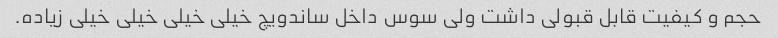
حجم و کیفیت قابل قبولی داشت ولی سوس داخل ساندویچ خیلی خیلی خیلی خیلی زیاده.